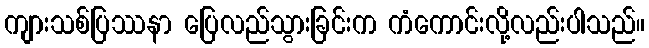
ကျားသစ်ပြဿနာ ပြေလည်သွားခြင်းက ကံကောင်းလို့လည်းပါသည်။